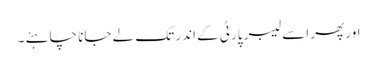
اور پھر اسے لیبر پارٹی کے اندر تک لے جانا چاہئے ۔